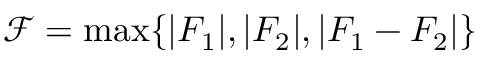
\mathcal { F } = \operatorname* { m a x } \{ | F _ { 1 } | , | F _ { 2 } | , | F _ { 1 } - F _ { 2 } | \}